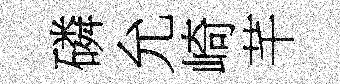
磷允崎芊